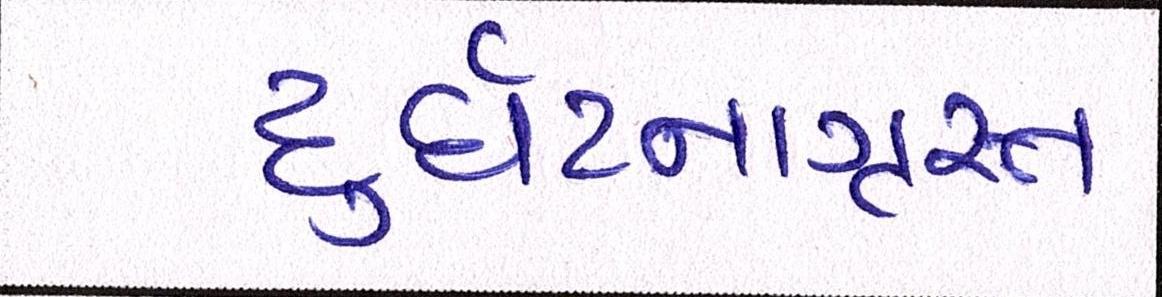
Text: દુર્ઘટનાગ્રસ્ત